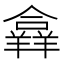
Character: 𦏐